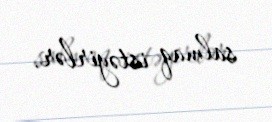
salmaq istəyirlər.